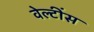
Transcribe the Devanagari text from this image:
वेल्टींस